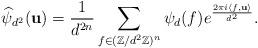
LaTeX: \begin{align*}\widehat\psi_{d^2}(\mathbf{u})= \frac{1}{d^{2n}} \sum_{f \in (\mathbb{Z}/d^2\mathbb{Z})^{n}} \psi_d(f) e^{\frac{2\pi i \langle f,\mathbf{u}\rangle}{d^2}}.\end{align*}